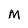
Character: M